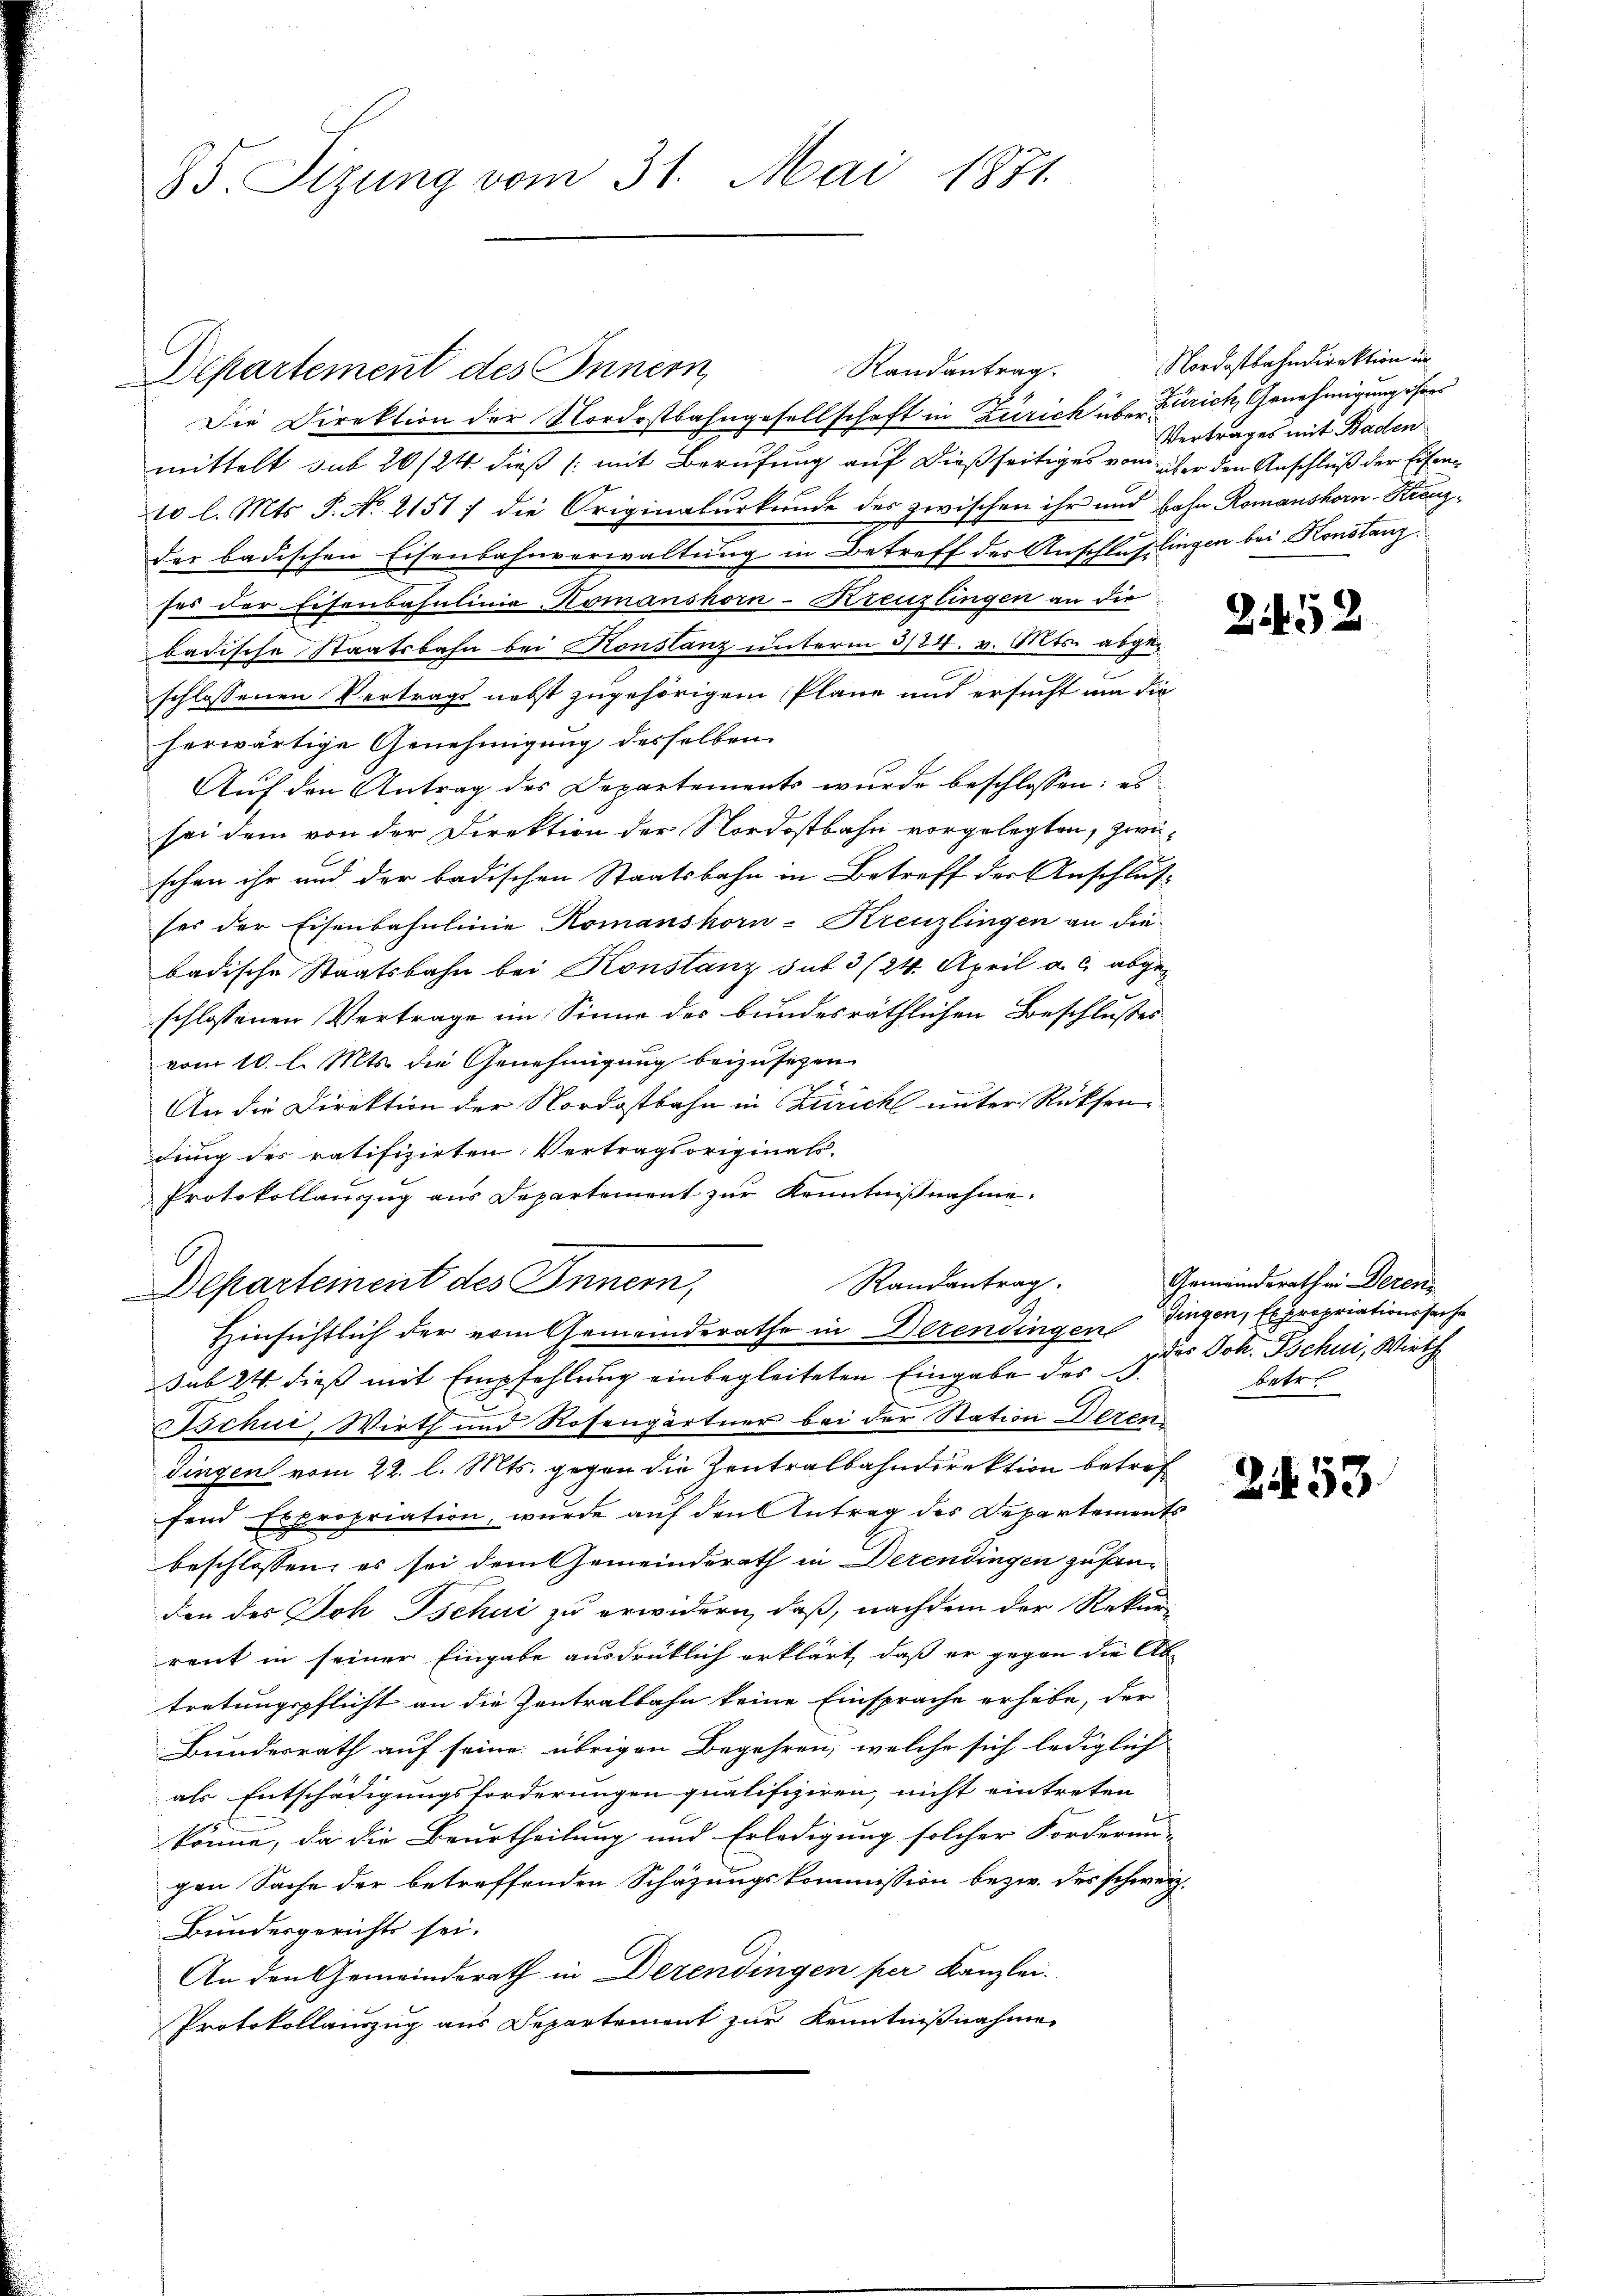
85. Sizung vom 31. Mai 1871

Departement des Innern,

Randantrag.
Die Direktion der Nordostbahngesellschaft in Zürich über Zürich, Genehmigung ihres
mittelt sub 20/24 dieß (mit Berufung auf dießseitiges vom über den Anschluß der Eisen¬
10 l. Mts. S. No. 21517 die Originalurkunde des zwischen ihr und Bahn Romanshorn-Krenzder badischen Eisenbahnverwaltung in Betreff der Anschlußlingen bei Konstanz.
sei der Eisenbahnlinie Komanshorn-Kreuzlingen an die
badische Staatsbahn bei Konstanz unterm 3/24. v. Mts. abgeschlossenen Vertrags nebst zugehörigen Pläne und ersucht um die
herwärtige Genehmigung desselben.
Auf den Antrag des Departements wurde beschlossen: es
sei dem von der Direktion der Nordostbahn vorgelegten, zwischon ihr und der badischen Staatsbahn in Betreff der Anschlusses der Eisenbahnlinie Komanshorn-Kreuzlingen an die
badische Staatsbahn bei Konstanz sub 3 (24. April a. c. abgeschlossenen Vertrage im Sinne des bundesräthlichen Beschlusses
vom 10. l. Mts. die Genehmigung beizusehen.
An die Direktion der Nordostbahn in Zürich unter Rücksendung der ratifizirten Vertragsoriginals.
Protokollauszug aus Departement zur Kenntnißnahme.
.
Randantrag.
Departement des Innern,
Hinsichtlich der vom Gemeinderathe in Derendingen Dingen, Expropriationssache
sub 24 dieß mit Empfehlung einbegleiteten Eingabe des I der Joh. Tschui, Wirth
Tschue, Wirth und Rosengärtner bei der Station deren
Singen vom 22. l. Mts. gegen die Zentralbahndirektion betref
fend Expropriation, wurde auf den Antrag des Departements
beschlossen, es sei dem Gemeinderath in Derendingen zufanden des Joh Tschui zu erwidern, daß, nachdem der Rekur-
rent in seiner Eingabe ausdrüklich erklärt, daß er gegen die Ab
tretungspflicht an die Zentralbahn keine Einsprache erhabe, der
Bundesrath auf seine übrigen Begehren, welche sich lediglich
als Entschädigungsforderungen qualifiziren, nicht eintreten
könne, da die Beurtheilung und Erledigung solcher Forderun-
gen Sache der betreffenden Schazungskommission bezw. des schweiz.
Bundesgerichts sei.
An den Gemeinderath in Dezendingen per Kanzlei.
Protokollauszug aus Departement zur Kenntnißnahme

Nordostbahndirektion in
Vertrages mit Baden

252

Gemeinderathen Deren
betr.

253.